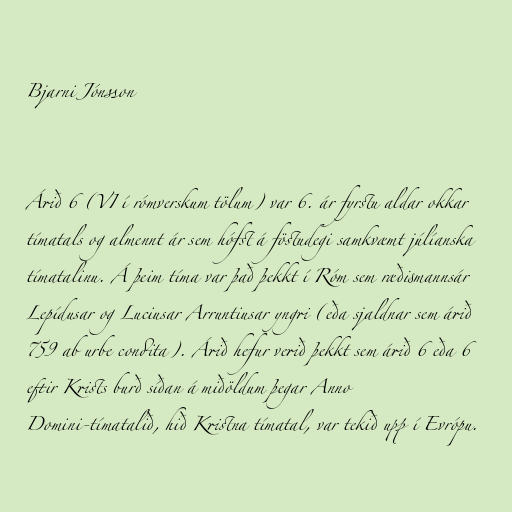
Bjarni Jónsson

Árið 6 (VI í rómverskum tölum) var 6. ár fyrstu aldar okkar
tímatals og almennt ár sem hófst á föstudegi samkvæmt júlíanska
tímatalinu. Á þeim tíma var það þekkt í Róm sem ræðismannsár
Lepídusar og Luciusar Arruntiusar yngri (eða sjaldnar sem árið
759 ab urbe condita). Árið hefur verið þekkt sem árið 6 eða 6
eftir Krists burð síðan á miðöldum þegar Anno
Domini-tímatalið, hið Kristna tímatal, var tekið upp í Evrópu.